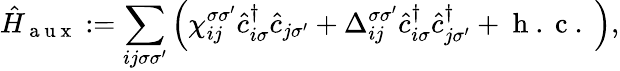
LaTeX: \hat{H}_{\mathrm{~a~u~x~}}:=\sum_{ij\sigma\sigma^{\prime}}\left(\chi_{ij}^{\sigma\sigma^{\prime}}\hat{c}_{i\sigma}^{\dagger}\hat{c}_{j\sigma^{\prime}}+\Delta_{ij}^{\sigma\sigma^{\prime}}\hat{c}_{i\sigma}^{\dagger}\hat{c}_{j\sigma^{\prime}}^{\dagger}+\mathrm{~h~.~c~.~}\right),